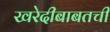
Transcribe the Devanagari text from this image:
खरेदीबाबतची